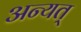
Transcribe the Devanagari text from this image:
अन्यत्